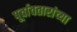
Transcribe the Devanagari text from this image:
पूर्वावतारांच्या